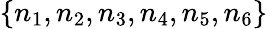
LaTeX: \{ n_{1},n_{2},n_{3},n_{4},n_{5},n_{6}\}